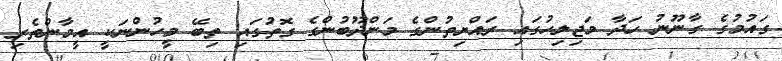
ގައުމުގެ ގާނޫނު ހަދާ މަޖިލިހުގައި ރައްޔިތުންގެ މަންދޫބުންގެ ގޮތުގައި ތިބޭ މީހުންނަކީ އީމާންތެރި